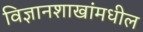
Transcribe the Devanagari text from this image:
विज्ञानशाखांमधील